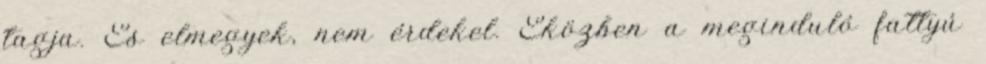
tagja. És elmegyek, nem érdekel. Eközben a meginduló fattyú